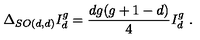
\Delta _ { S O ( d , d ) } I _ { d } ^ { g } = \frac { d g ( g + 1 - d ) } { 4 } I _ { d } ^ { g } \ .